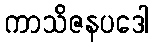
ကာသိဇနပဒေါ